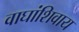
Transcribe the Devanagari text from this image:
वाघांशिवाय